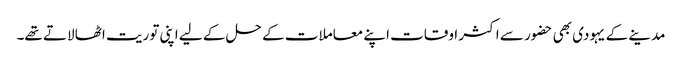
مدینے کے یہودی بھی حضور سے اکثر اوقات اپنے معاملات کے حل کے لیے اپنی توریت اٹھا لاتے تھے۔